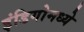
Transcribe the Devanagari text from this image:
इंडिगोमध्ये